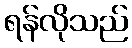
ရန်လိုသည်